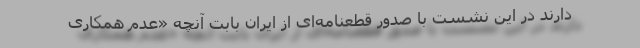
دارند در این نشست با صدور قطعنامه‌ای از ایران بابت آنچه «عدم همکاری